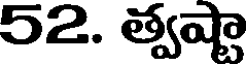
52. త్వష్టా